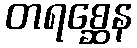
တရစ္ဆေန